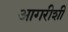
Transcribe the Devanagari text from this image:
आगरीशीं